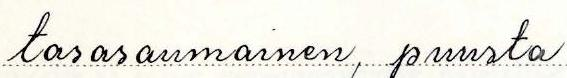
tasasaumainen, puusta